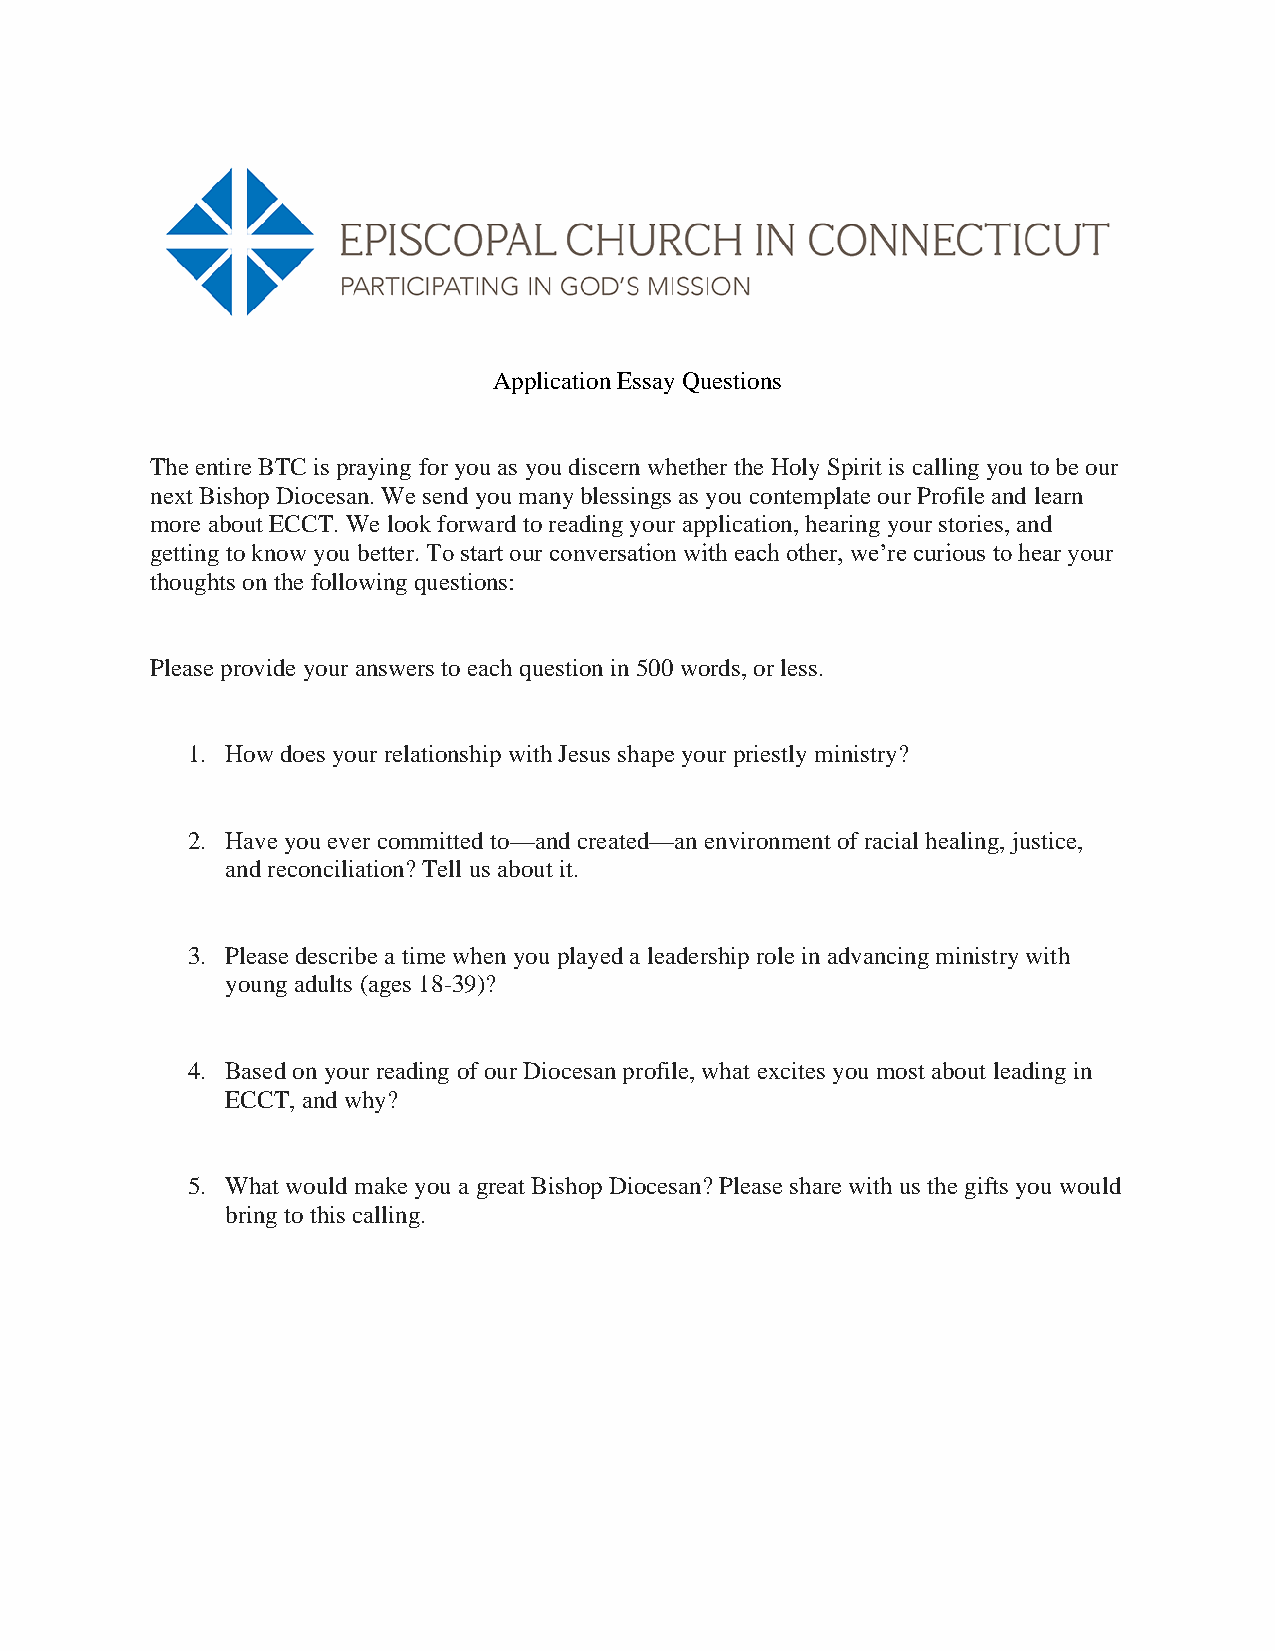
Application Essay Questions
 The entire BTC is praying for you as you discern whether the Holy Spirit is calling you to be our
 next Bishop Diocesan. We send you many blessings as you contemplate our Profile and learn
 more about ECCT. We look forward to reading your application, hearing your stories, and
 getting to know you better. To start our conversation with each other, we’re curious to hear your
 thoughts on the following questions:
 Please provide your answers to each question in 500 words, or less.
 1. How does your relationship with Jesus shape your priestly ministry?
 2. Have you ever committed to—and created—an environment of racial healing, justice,
 and reconciliation? Tell us about it.
 3. Please describe a time when you played a leadership role in advancing ministry with
 young adults (ages 18-39)?
 4. Based on your reading of our Diocesan profile, what excites you most about leading in
 ECCT, and why?
 5. What would make you a great Bishop Diocesan? Please share with us the gifts you would
 bring to this calling.